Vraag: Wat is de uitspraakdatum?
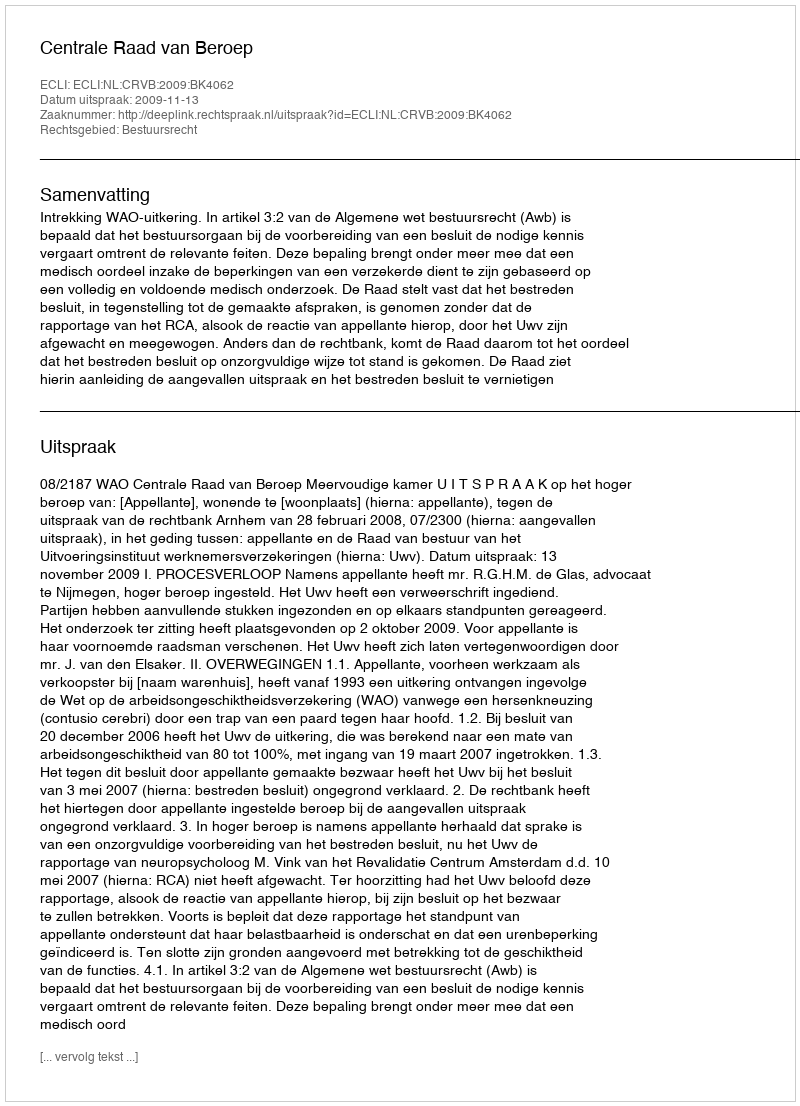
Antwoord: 2009-11-13